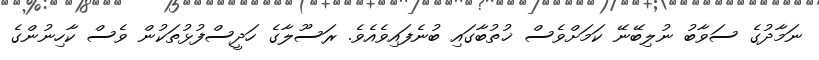
ނަމާދުގެ ސަވާބު ނުލިބޭނޭ ކަމަށްވެސް ޚުތުބާގައި ބުނެފައިވެއެވެ. ރަސޫލާގެ ހަދީސްފުޅުތަކުން ވެސް ކާހިނުންގެ